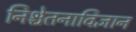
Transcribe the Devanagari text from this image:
निश्चेतनाविज्ञान